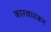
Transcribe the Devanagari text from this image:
कारवारकर